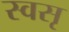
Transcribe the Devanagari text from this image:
स्वसृ